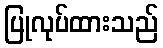
ပြုလုပ်ထားသည်